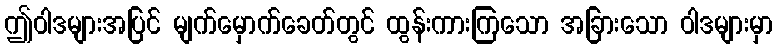
ဤဝါဒများအပြင် မျက်မှောက်ခေတ်တွင် ထွန်းကားကြသော အခြားသော ဝါဒများမှာ